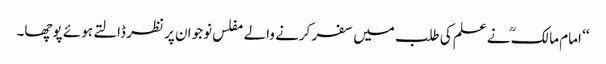
‘‘ امام مالکؒ نے علم کی طلب میں سفر کرنے والے مفلس نوجوان پر نظر ڈالتے ہوئے پوچھا۔